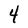
Character: 4